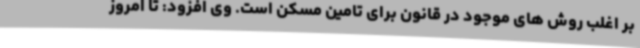
بر اغلب روش های موجود در قانون برای تامین مسکن است. وی افزود: تا امروز